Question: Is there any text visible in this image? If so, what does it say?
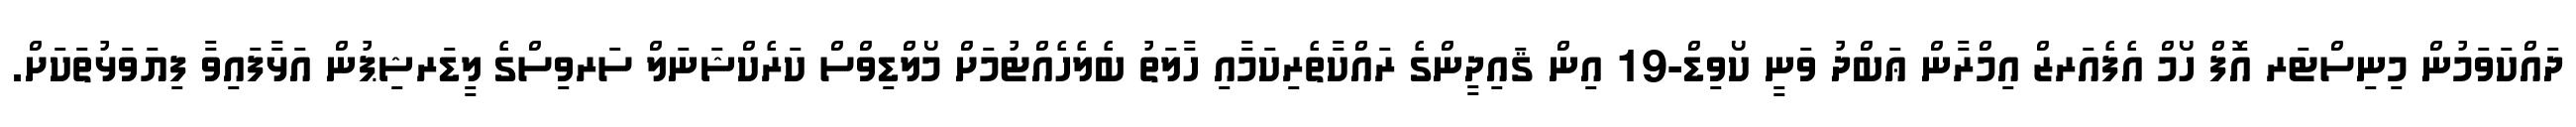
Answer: ދައްކަވަމުން މިނިސްޓަރ އޮފް ހޯމް އެފެއަރޒް އިމްރާން ޢަބްދު ވަނީ ކޯވިޑް-19 އިން ޤައިދީންގެ ރައްކާތެރިކަމާއި ހާލަތު ބެލެހެއްޓުމަށް މޯލްޑިވްސް ކަރެކްޝަނަލް ސަރވިސްގެ ލީޑަރޝިޕުން އަޅާފައިވާ ފިޔަވަޅުތަކަށް.